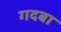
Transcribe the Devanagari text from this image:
गदबा